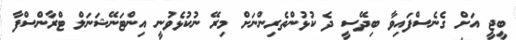
ބީޖީ އަށް ގެނެސްފައިވާ ބިދޭސީ ދެ ކުޅުންތެރިންނަށް މިރޭ ނުކުޅެވުނީ އިންޓަނޭޝަނަލް ޓްރާންސްފާ